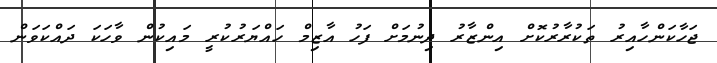
ޖަހާކަންހާއިރު ތަކުރާރުކޮށް އިންޒާރު ދިނުމަށް ފަހު އާޒިމް ހައްޔަރުކުރީ މައިކުން ވާހަކަ ދައްކަވަން